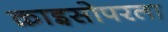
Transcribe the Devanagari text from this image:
क्राइसोपरला